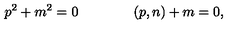
p ^ { 2 } + m ^ { 2 } = 0 \qquad \qquad ( p , n ) + m = 0 ,